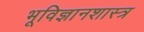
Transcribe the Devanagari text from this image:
भूविज्ञानशास्त्र